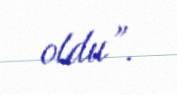
oldu”.